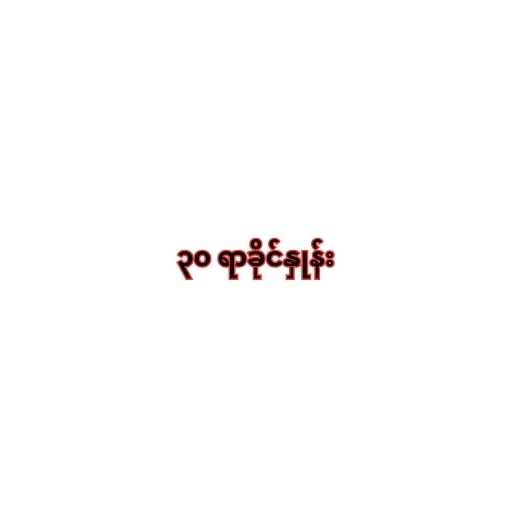
၃၀ ရာခိုင်နှုန်း